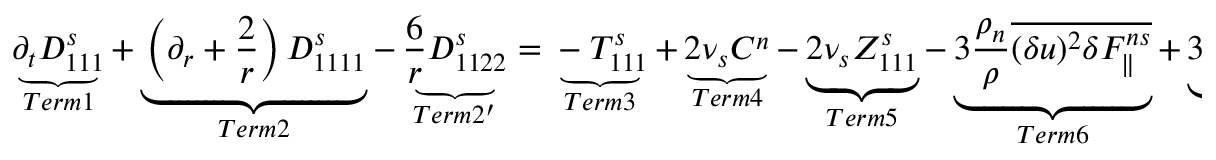
\underbrace { \partial _ { t } D _ { 1 1 1 } ^ { s } } _ { T e r m 1 } + \underbrace { \left( \partial _ { r } + \frac { 2 } { r } \right) D _ { 1 1 1 1 } ^ { s } } _ { T e r m 2 } - \underbrace { \frac { 6 } { r } D _ { 1 1 2 2 } ^ { s } } _ { T e r m 2 ^ { \prime } } = \underbrace { - T _ { 1 1 1 } ^ { s } } _ { T e r m 3 } + \underbrace { 2 \nu _ { s } C ^ { n } } _ { T e r m 4 } - \underbrace { 2 \nu _ { s } Z _ { 1 1 1 } ^ { s } } _ { T e r m 5 } - \underbrace { 3 \frac { \rho _ { n } } { \rho } \overline { { ( \delta u ) ^ { 2 } \delta F _ { \parallel } ^ { n s } } } } _ { T e r m 6 } + \underbrace { 3 \overline { { ( \delta u ) ^ { 2 } \delta f _ { \parallel } ^ { s } } } } _ { T e r m 7 } ,